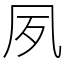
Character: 夙